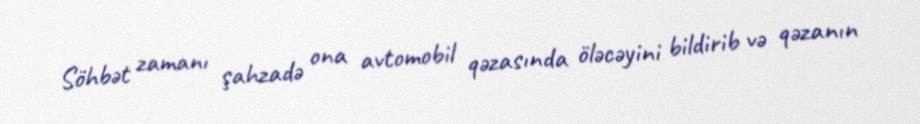
Söhbət zamanı şahzadə ona avtomobil qəzasında öləcəyini bildirib və qəzanın